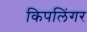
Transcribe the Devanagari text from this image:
किपलिंगर